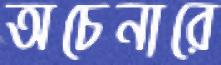
অচেনারে